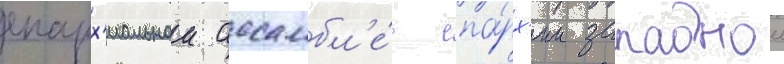
епарх'иальнои ассамбл'е́е епа́рх'ии западнои